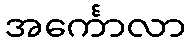
အင်္ကောလာ